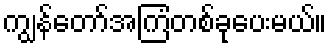
ကျွန်တော်အကြံတစ်ခုပေးမယ်။